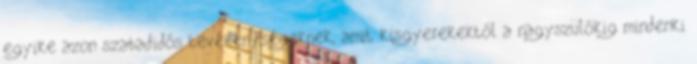
egyike azon szabadidős tevékenységeknek, amit kisgyerekektől a nagyszülőkig mindenki